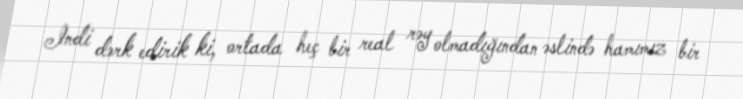
Indi dərk edirik ki, ortada heç bir real rəy olmadığından əslində hamımız bir